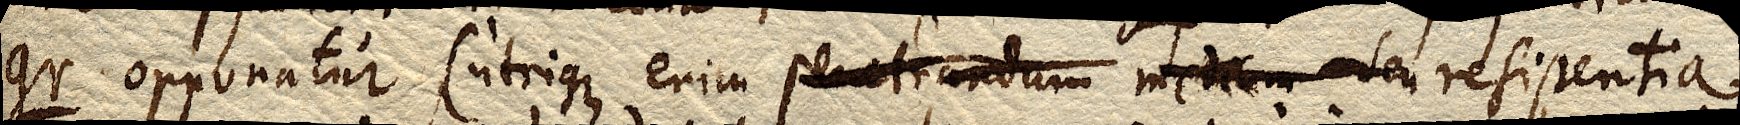
gr opponatur, (utrique enim penetrandum medium seu resistentia